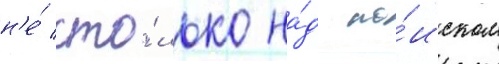
н'е́ сто́лько на́д по́иском